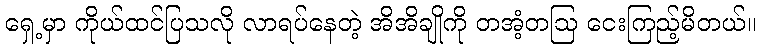
ရှေ့မှာ ကိုယ်ထင်ပြသလို လာရပ်နေတဲ့ အိအိချိုကို တအံ့တဩ ငေးကြည့်မိတယ်။